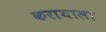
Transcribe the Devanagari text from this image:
करायाला